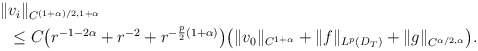
\begin{align*}\begin{aligned}\|&v_{i}\|_{C^{(1+\alpha)/2,1+\alpha}}\\&\leq C\big(r^{-1-2\alpha}+r^{-2}+r^{-\frac{p}{2}(1+\alpha)}\big)\big(\|v_{0}\|_{C^{1+\alpha}}+\|f\|_{L^p(D_T)}+\|g \|_{C^{\alpha/2,\alpha}}\big).\end{aligned}\end{align*}